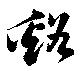
谿